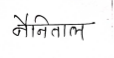
मजकूर: नैनिताल